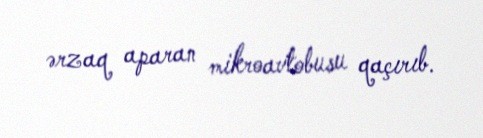
ərzaq aparan mikroavtobusu qaçırıb.